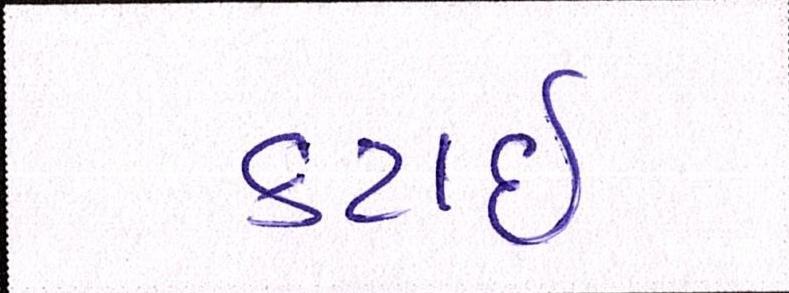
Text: કટાઈ